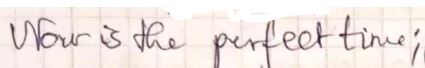
Nor is the perfect time ;